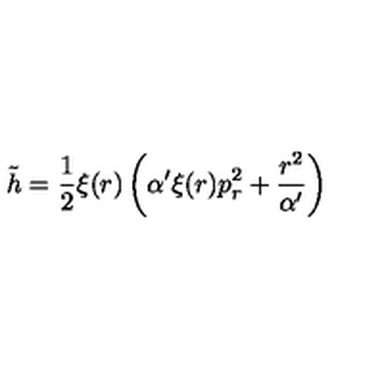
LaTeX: { \tilde { h } } = \frac { 1 } { 2 } \xi ( r ) \left( \alpha ^ { \prime } \xi ( r ) p _ { r } ^ { 2 } + \frac { r ^ { 2 } } { \alpha ^ { \prime } } \right)